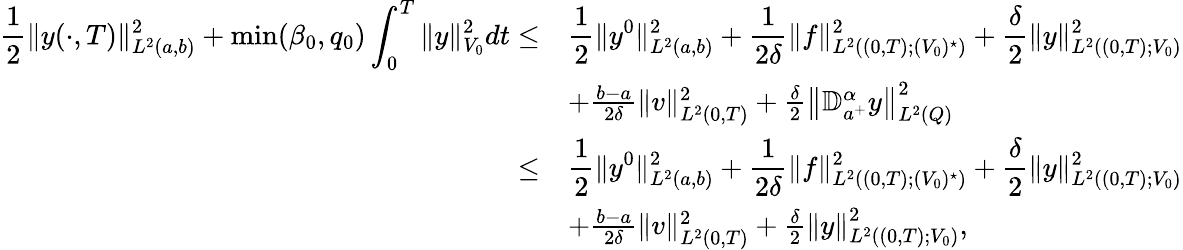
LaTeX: \begin{array}{rl}{\displaystyle\frac 12\| y(\cdot,T)\| _{L^{2}(a,b)}^{2}+\operatorname*{min}(\beta_{0},q_{0})\int_{0}^{T}\| y\| _{V_{0}}^{2}dt\leq}&{\displaystyle\frac 12\| y^{0}\| _{L^{2}(a,b)}^{2}+\frac{1}{2\delta}\| f\| _{L^{2}((0,T);(V_{0})^{\star})}^{2}+\frac{\delta}{2}\| y\| _{L^{2}((0,T);V_{0})}^{2}}\\ &{+\frac{b-a}{2\delta}\| v\| _{L^{2}(0,T)}^{2}+\frac{\delta}{2}\left\| \mathbb{D}_{a^{+}}^{\alpha}y\right\| _{L^{2}(Q)}^{2}}\\ {\leq}&{\displaystyle\frac 12\| y^{0}\| _{L^{2}(a,b)}^{2}+\frac{1}{2\delta}\| f\| _{L^{2}((0,T);(V_{0})^{\star})}^{2}+\frac{\delta}{2}\| y\| _{L^{2}((0,T);V_{0})}^{2}}\\ &{+\frac{b-a}{2\delta}\| v\| _{L^{2}(0,T)}^{2}+\frac{\delta}{2}\left\| y\right\| _{L^{2}((0,T);V_{0})}^{2},}\end{array}